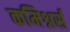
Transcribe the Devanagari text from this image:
कमिश्नर्स